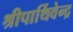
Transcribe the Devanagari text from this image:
श्रीपार्थिवेन्द्र